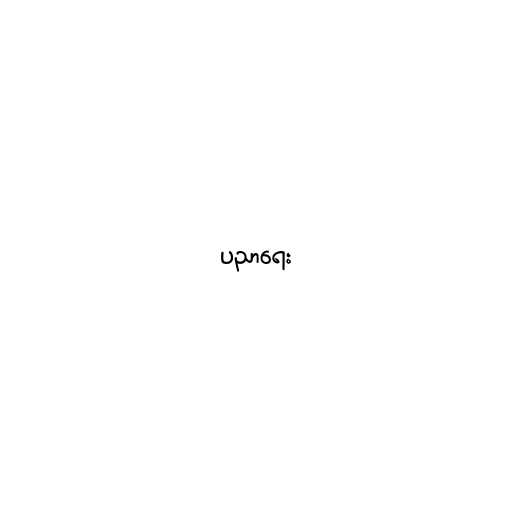
ပညာရေး